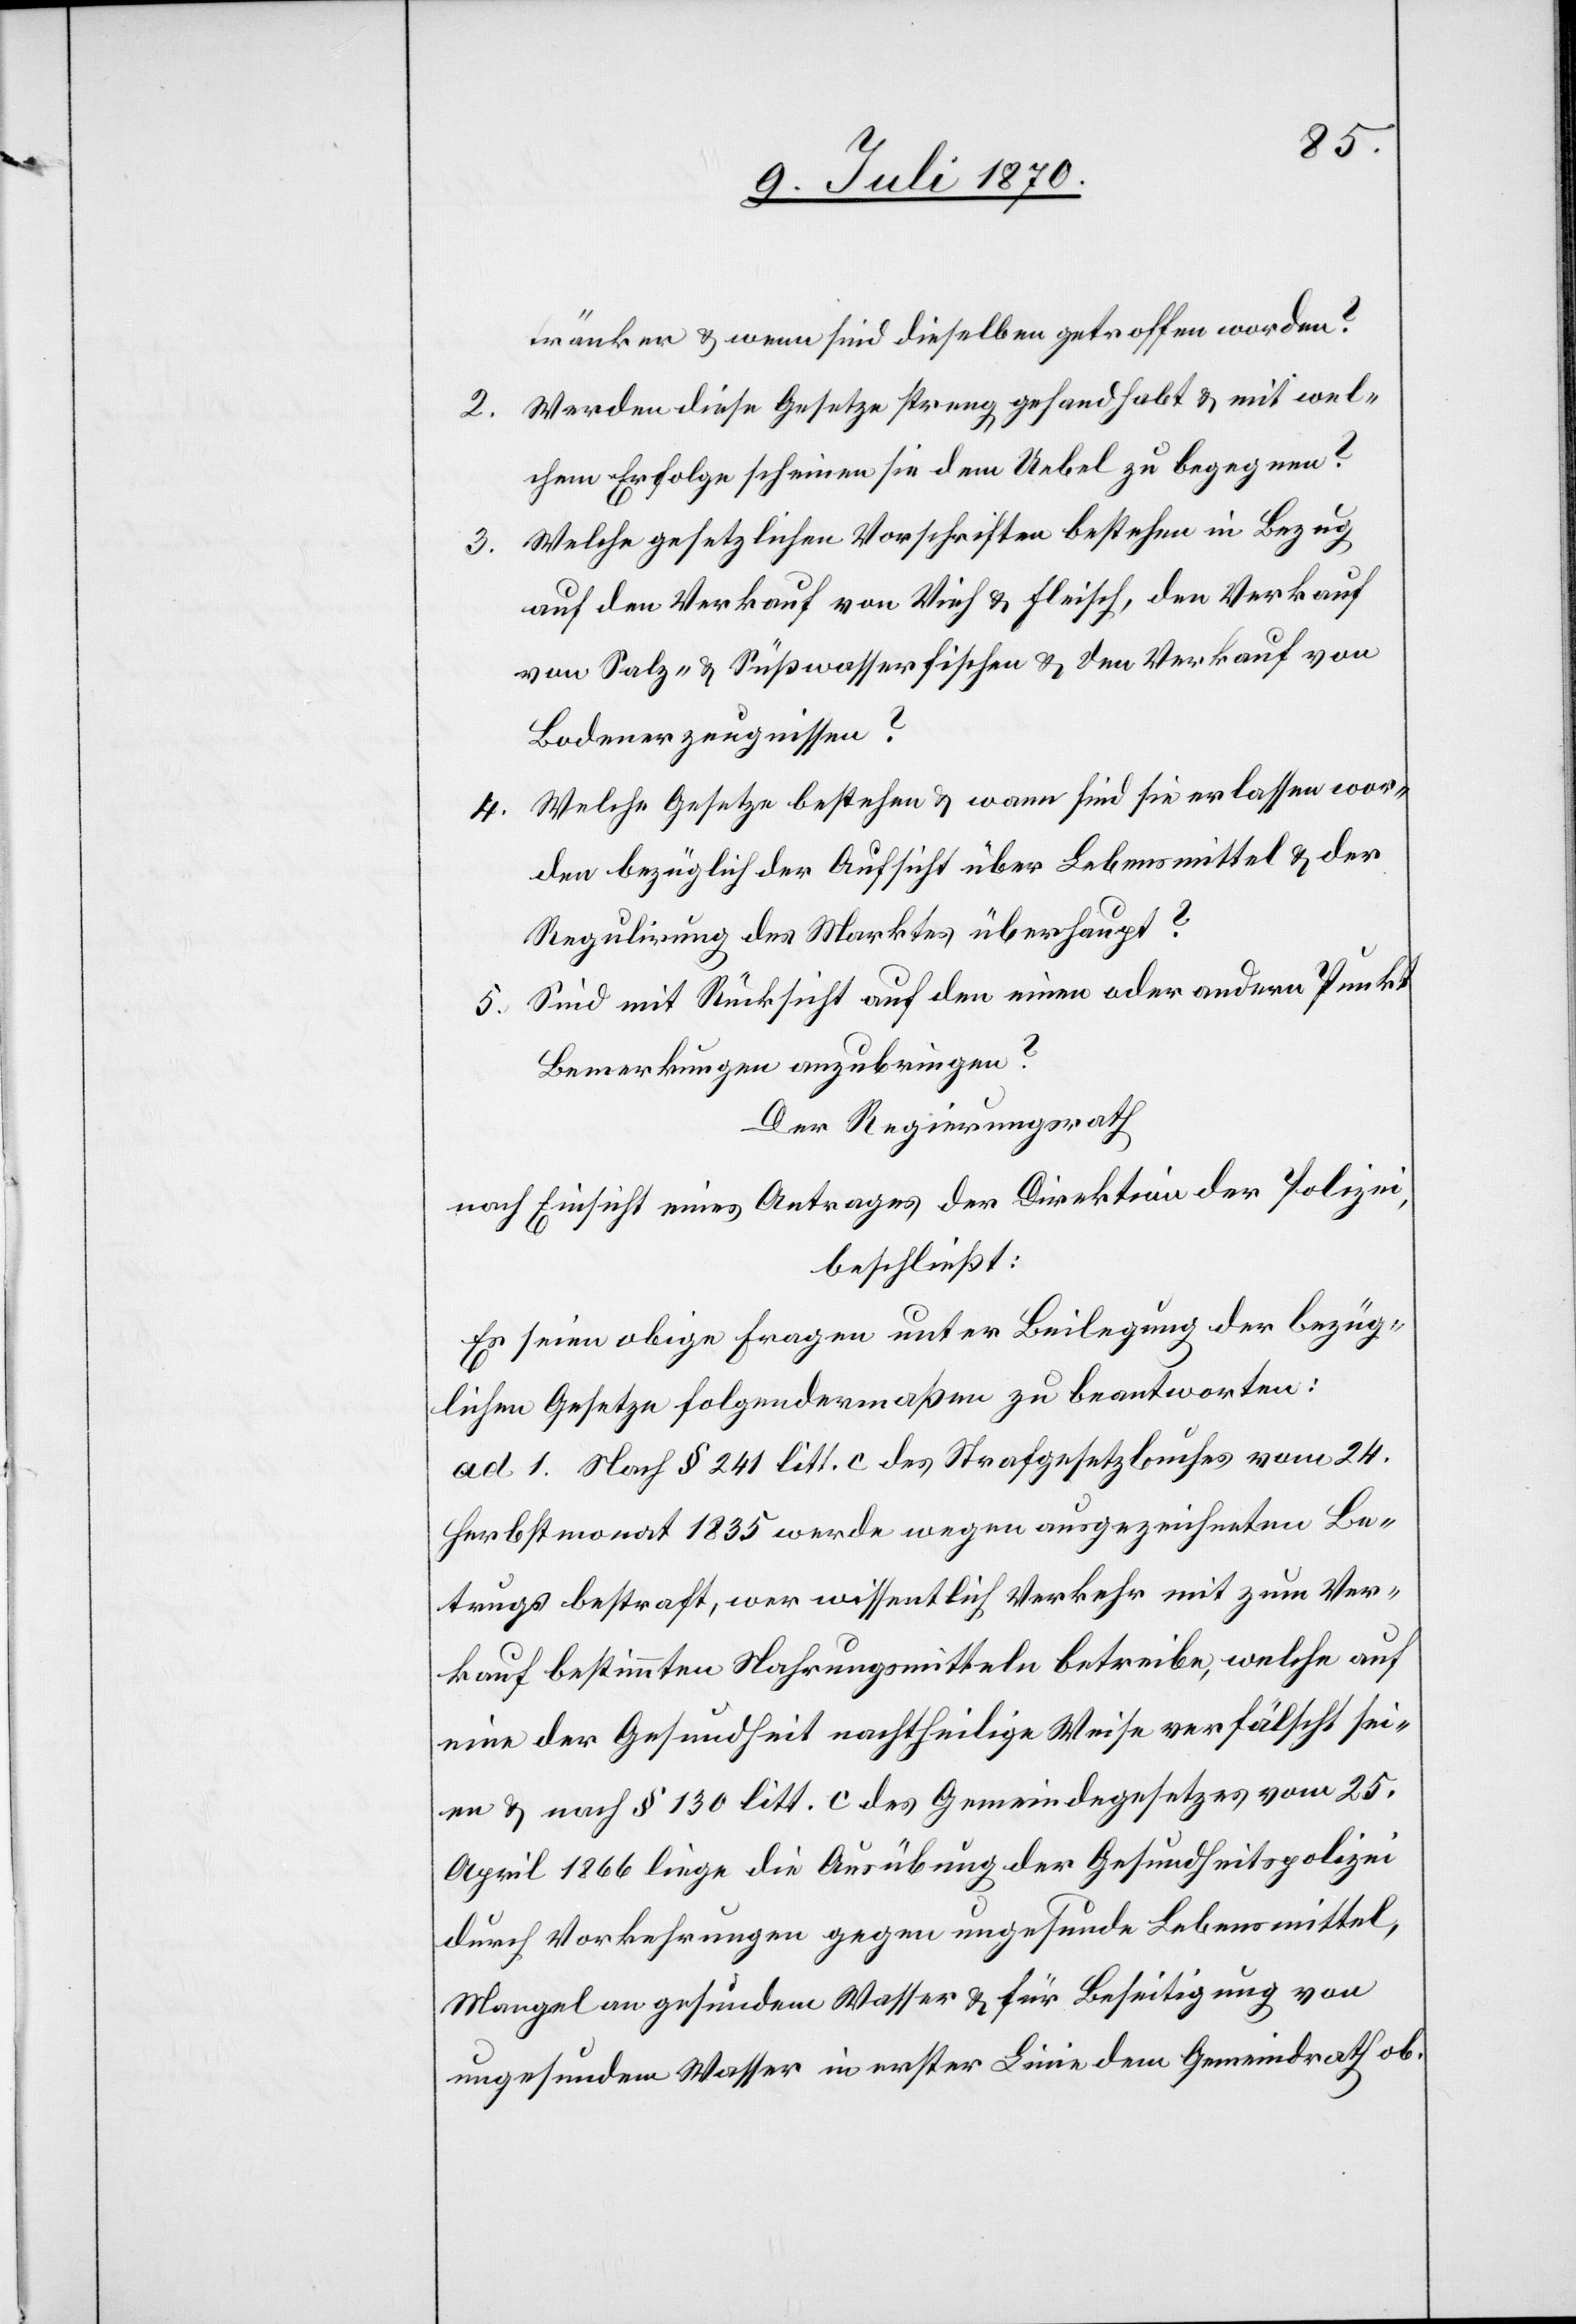
tränken & wann sind dieselben getroffen worden?
Werden diese Gesetze streng gehandhabt & mit wel¬
2.
chem Erfolge scheinen sie dem Uebel zu begegnen?
Welche gesetzlichen Vorschriften bestehen in Bezug
3.
auf den Verkauf von Vieh & Fleisch, den Verkauf
von Salz- & Süßwasserfischen & den Verkauf von
Bodenerzeugnissen?
Welche Gesetze bestehen & wann sind sie erlassen wor¬
4.
den bezüglich der Aufsicht über Lebensmittel & der
Regulirung des Marktes überhaupt?
5. Sind mit Rücksicht auf den einen oder andern Punkt
Bemerkungen anzubringen?
Der Regierungsrath,
nach Einsicht eines Antrages der Direktion der Polizei,
beschließt:
Es seien obige Fragen unter Beilegung der bezüg¬
lichen Gesetze folgendermaßen zu beantworten:
ad 1. Nach § 241 litt. c des Strafgesetzbuches vom 24.
Herbstmonat 1835 werde wegen ausgezeichneten Be¬
trugs bestraft, wer wissentlich Verkehr mit zum Ver¬
kauf bestimmten Nahrungsmitteln betreibe, welche auf
eine der Gesundheit nachtheilige Weise verfälscht sei¬
en & nach § 130 litt. c des Gemeindegesetzes vom 25.
April 1866 liege die Ausübung der Gesundheitspolizei
durch Vorkehrungen gegen ungesunde Lebensmittel,
Mangel an gesundem Wasser & für Beseitigung von
ungesundem Wasser in erster Linie dem Gemeindrath ob.